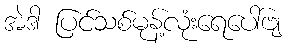
အဲဒါ ပြင်သစ်မုန့်လုံးရေပေါ်ဗျ